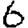
Digit: 6